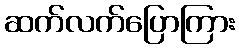
ဆက်လက်ပြောကြား